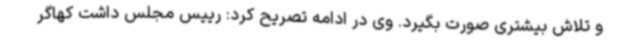
و تلاش بیشتری صورت بگیرد. وی در ادامه تصریح کرد: رییس مجلس داشت کهاگر